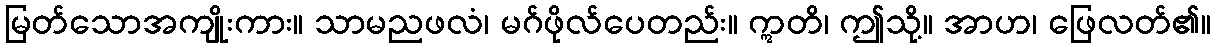
မြတ်သောအကျိုးကား။ သာမညဖလံ၊ မဂ်ဖိုလ်ပေတည်း။ ဣတိ၊ ဤသို့။ အာဟ၊ ဖြေလတ်၏။